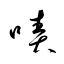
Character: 嘖